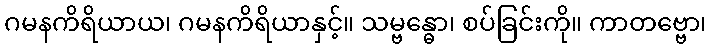
ဂမနကိရိယာယ၊ ဂမနကိရိယာနှင့်။ သမ္ဗန္ဓော၊ စပ်ခြင်းကို။ ကာတဗ္ဗော၊